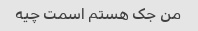
من جک هستم اسمت چیه